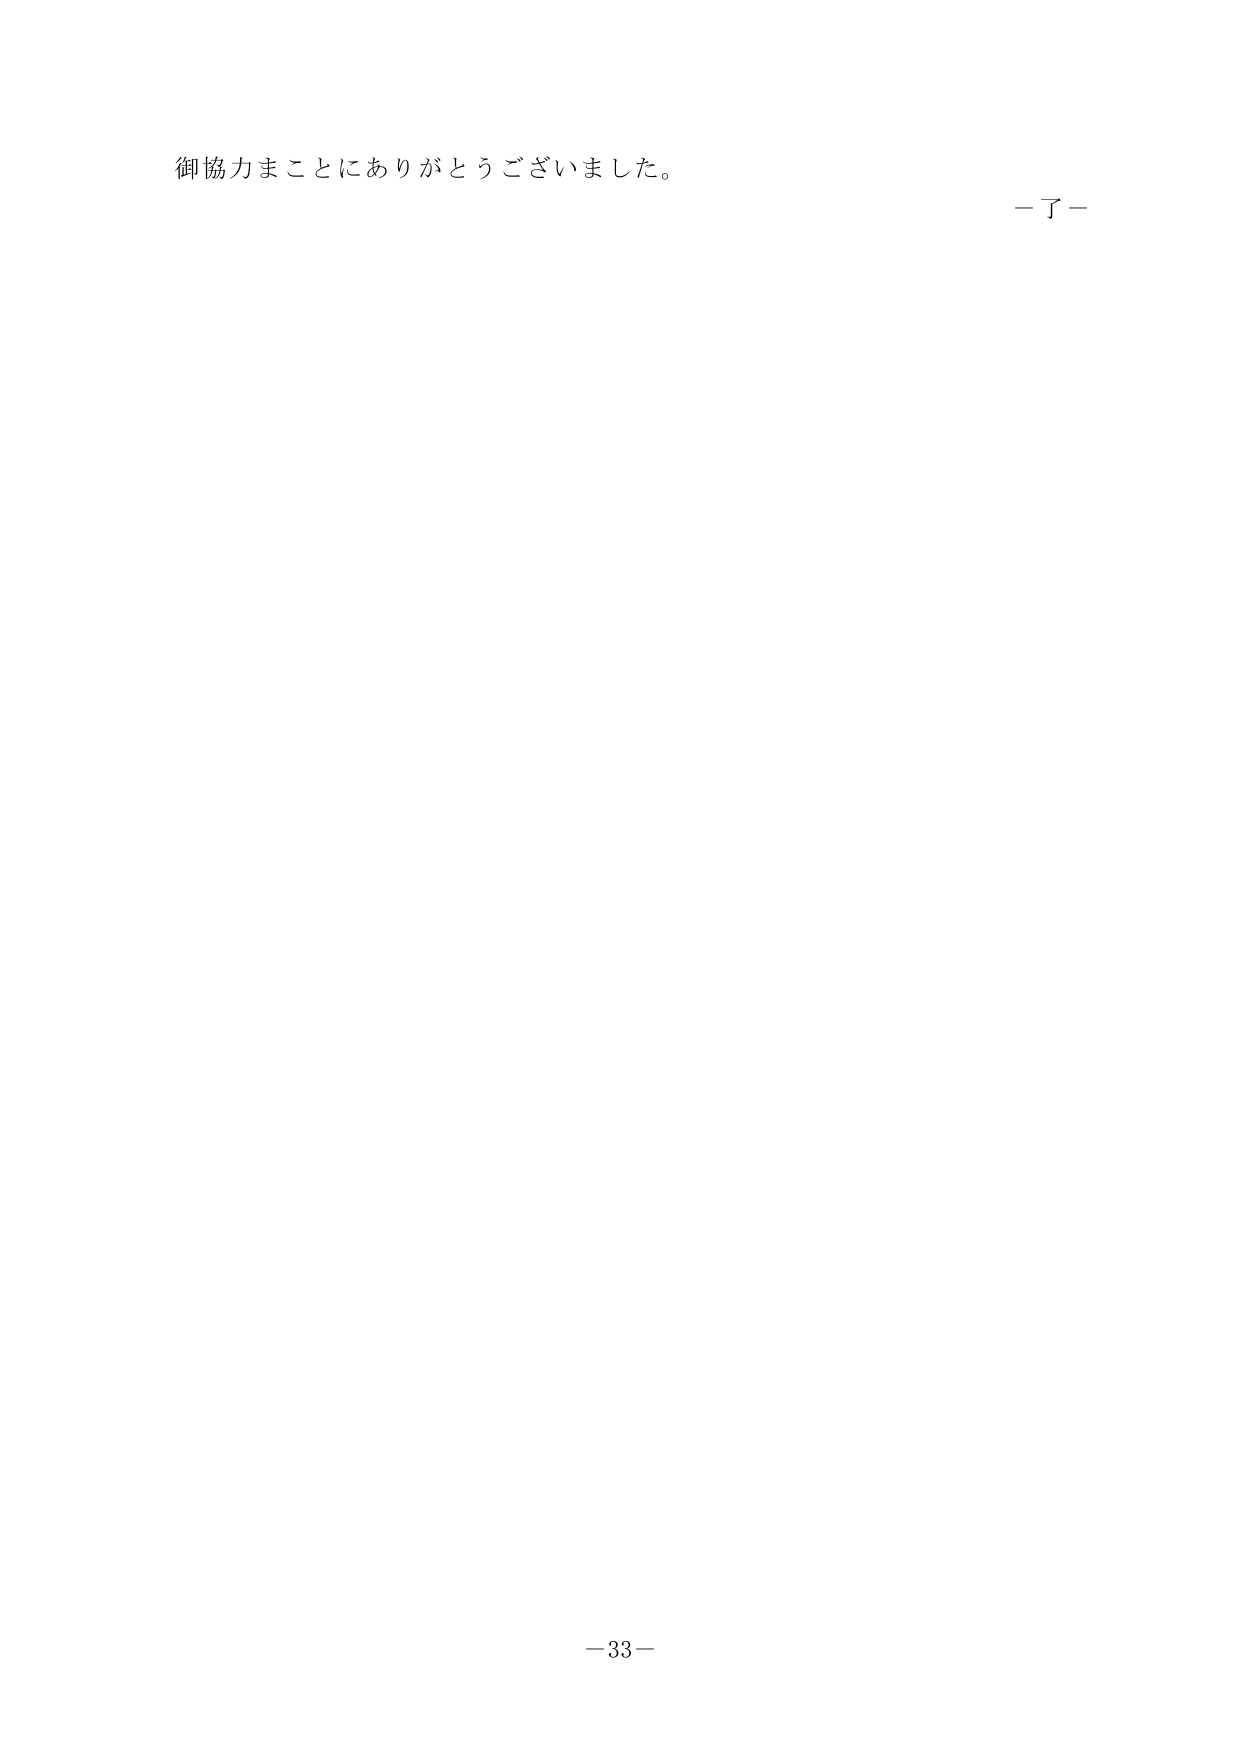
御協力まことにありがとうございました。
－了－
－33－